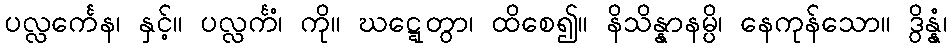
ပလ္လင်္ကေန၊ နှင့်။ ပလ္လင်္ကံ၊ ကို။ ဃဋ္ဋေတွာ၊ ထိစေ၍။ နိသိန္နာနမ္ပိ၊ နေကုန်သော။ ဒွိန္နံ၊